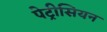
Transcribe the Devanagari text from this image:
पेट्रीसियन